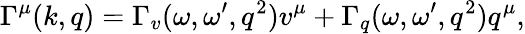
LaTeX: \Gamma^{\mu}(k,q)=\Gamma_{v}(\omega,\omega^{\prime},q^{2})v^{\mu}+\Gamma_{q}(\omega,\omega^{\prime},q^{2})q^{\mu},